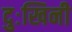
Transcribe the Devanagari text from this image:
दुःखिनी